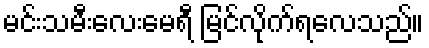
မင်းသမီးလေးမေရီ မြင်လိုက်ရလေသည်။